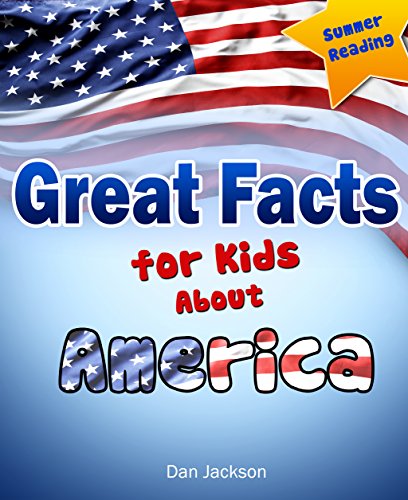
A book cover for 4th of July : Great Facts for Kids About AMERICA (Great 4th of July e-Book) (Summer Reading Collection); Dan Jackson; Children's Books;